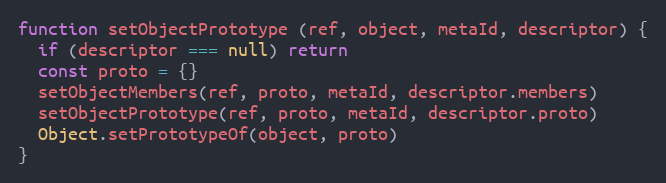
Language: JavaScript
function setObjectPrototype (ref, object, metaId, descriptor) {
  if (descriptor === null) return
  const proto = {}
  setObjectMembers(ref, proto, metaId, descriptor.members)
  setObjectPrototype(ref, proto, metaId, descriptor.proto)
  Object.setPrototypeOf(object, proto)
}